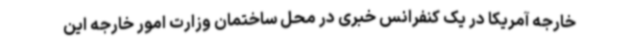
خارجه آمریکا در یک کنفرانس خبری در محل ساختمان وزارت امور خارجه این